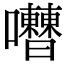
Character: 𡅰